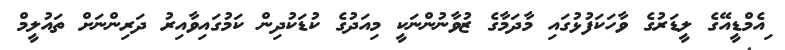
ިއެމްޑީއޭގެ ލީޑަރުގެ ވާހަކަފުޅުގައި މާދަމާގެ ޒުވާނުންނަކީ މިއަދުގެ ކުޑަކުދިން ކަމުގައިވާއިރު ދަރިންނަށް ތައުލީމް